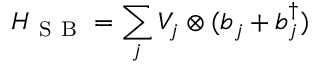
H _ { \mathrm { ~ S ~ B ~ } } = \sum _ { j } V _ { j } \otimes ( b _ { j } + b _ { j } ^ { \dagger } )